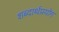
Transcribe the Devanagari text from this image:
शब्दार्थप्रयोग